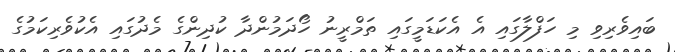
ބައިވެރިވި މި ހަފްލާގައި އެ އެކަޑަމީގައި ތަމްރީނު ހޯދަމުންދާ ކުދިންގެ މެދުގައި އެކުވެރިކަމުގެ